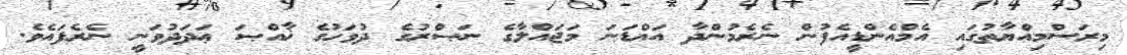
މިރަސްމިއްޔާތުގައި އެމްއެންޑީއެފުން ނެރެމުންދާ އައްޑަނަ މަޖައްލާގެ ނަޞްރުގެ ދުވަހުގެ ޚާއްޞަ ޢަދަދުވަނީ ނެރެފައެވެ.